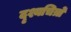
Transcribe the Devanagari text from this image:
दृश्यचित्रों